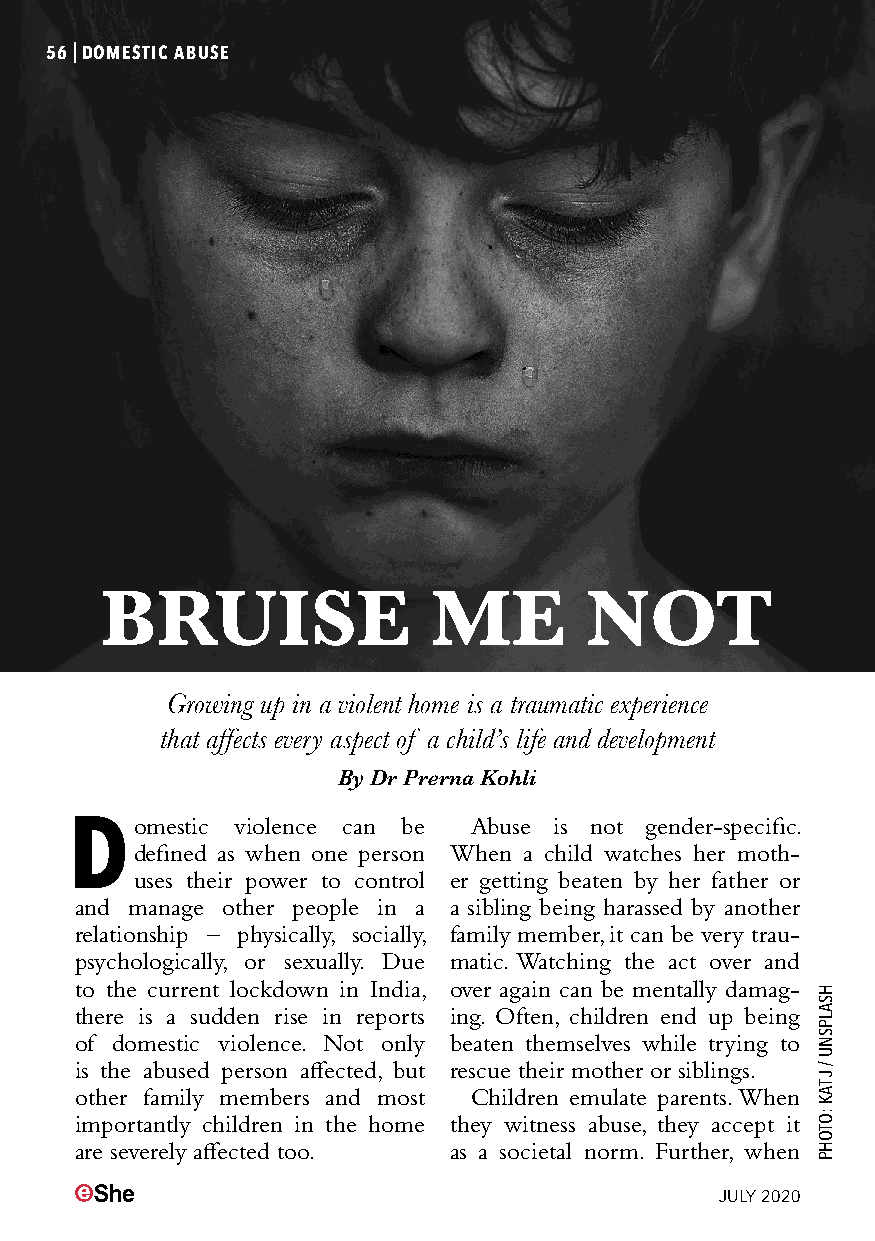
56|DOMESTIC ABUSE
 BRUISE                ME        NOT
 Growing up in a violent home is a traumatic experience
 that affects every aspect of a child’s life and development
 By Dr Prerna Kohli
 Domestic   violence can be Abuse is not gender-specific.
 defined as when one person When a child watches her moth-
 uses their power to control er getting beaten by her father or
 and manage other people in a a sibling being harassed by another
 relationship – physically, socially, family member, it can be very trau-
 psychologically, or sexually. Due matic. Watching the act over and
 to the current lockdown in India, over again can be mentally damag-
 there is a sudden rise in reports ing. Often, children end up being
 of domestic violence. Not only beaten themselves while trying to
 is the abused person affected, but rescue their mother or siblings.
 other family members and most Children emulate parents. When
 importantly children in the home they witness abuse, they accept it
 are severely affected too. as a societal norm. Further, when
 JULY 2020
 HSALPSNU
 /
 J
 TAK
 :OTOHP